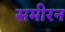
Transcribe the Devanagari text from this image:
समीरन